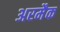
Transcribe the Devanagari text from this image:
अरमैक